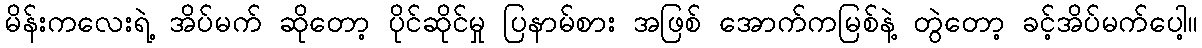
မိန်းကလေးရဲ့ အိပ်မက် ဆိုတော့ ပိုင်ဆိုင်မှု ပြနာမ်စား အဖြစ် အောက်ကမြစ်နဲ့ တွဲတော့ ခင့်အိပ်မက်ပေါ့။